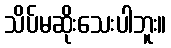
သိပ်မဆိုးသေးပါဘူး။